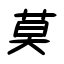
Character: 莫